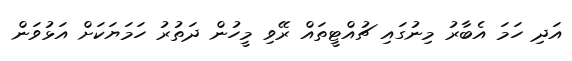
އަދި ހަމަ އެބާރު މިނުގައި ޗުއްޓީތައް ރޭވި މީހުން ދަތުރު ހަމަޔަކަށް އަޅުވަން